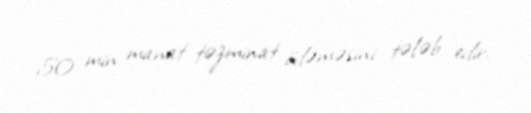
50 min manat təzminat ödəməsini tələb edir.